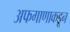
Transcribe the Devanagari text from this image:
अफगाणाकडून